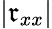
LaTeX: |\mathfrak{r}_{xx}|